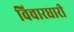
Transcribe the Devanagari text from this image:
विचारधारी